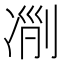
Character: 𠗢